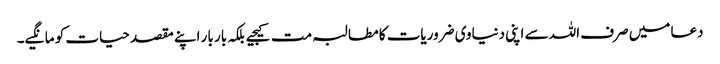
دعا میں صرف اللہ سے اپنی دنیاوی ضروریات کا مطالبہ مت کیجیے بلکہ بار بار اپنے مقصد حیات کو مانگیے۔